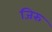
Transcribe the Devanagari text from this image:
जिरु